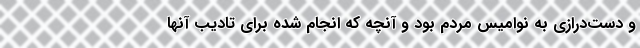
و دست‌درازی به نوامیس مردم بود و آنچه که انجام شده برای تادیب آنها